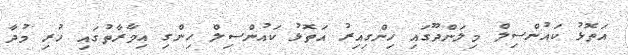
އަތޮޅު ކައުންސިލް މިލަންދޫގައި ހިންގިއިރު އަތޮޅު ކައުންސިލް ހިންގި އިމާރާތުގައި ހުރި މުދާ